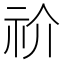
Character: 祄